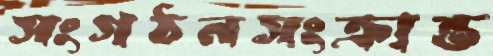
সংগঠনসংক্রান্ত